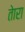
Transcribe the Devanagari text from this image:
तेारा